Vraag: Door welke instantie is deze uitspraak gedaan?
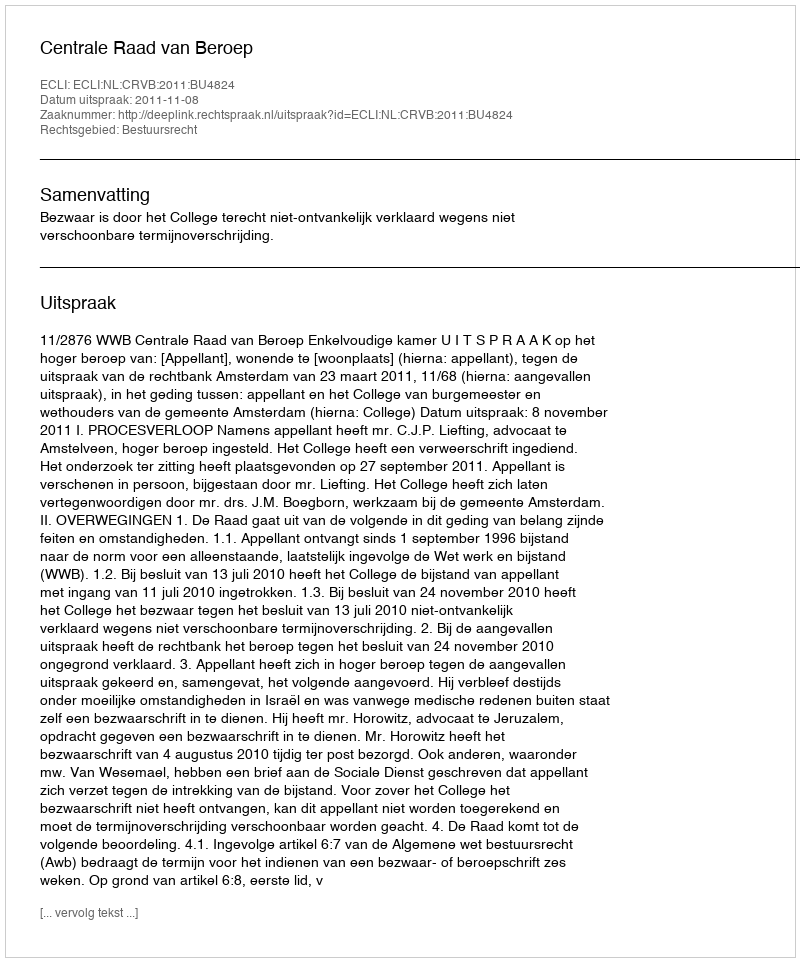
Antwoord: Centrale Raad van Beroep